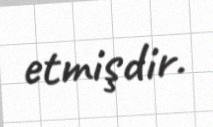
etmişdir.